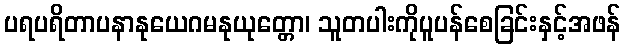
ပရပရိတာပနာနုယေဂမနုယုတ္တော၊ သူတပါးကိုပူပန်စေခြင်းနှင့်အဖန်